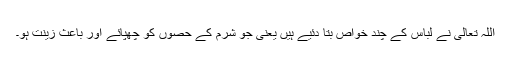
اللہ تعالیٰ نے لباس کے چند خواص بتا دئیے ہیں یعنی جو شرم کے حصوں کو چھپائے اور باعث زینت ہو۔